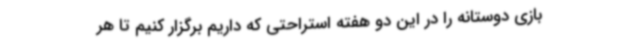
بازی دوستانه را در این دو هفته استراحتی که داریم برگزار کنیم تا هر